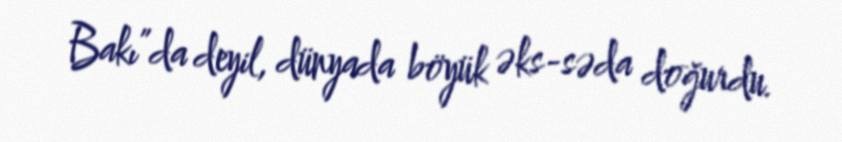
Bakı”da deyil, dünyada böyük əks-səda doğurdu.